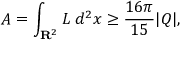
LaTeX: A = \int _ { { \bf R } ^ { 2 } } { \cal L } \; d ^ { 2 } x \geq \frac { 1 6 \pi } { 1 5 } | Q | , \; \; \; \; \; \; \; \; \; \;